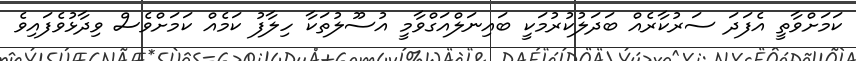
ކަމަށްވާތީ އެފަދަ ސަރުކާރެއް ބަދަލުކުރުމަކީ ބައިނަލްއަގްވާމީ އުސޫލުތަކާ ހިލާފު ކަމެެއް ކަމަށްވެސް ވިދާޅުވެފައިވެ